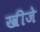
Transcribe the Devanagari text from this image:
खीजे